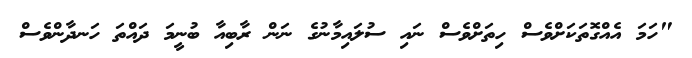
"ހަމަ އެއްގޮތަކަށްވެސް ހިތަށްވެސް ނައި ސުލައިމާނުގެ ނަން ރާބިއާ ބުނީމަ ދައްތަ ހަނދާންވެސް